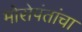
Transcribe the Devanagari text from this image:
मोरोपंतांचा